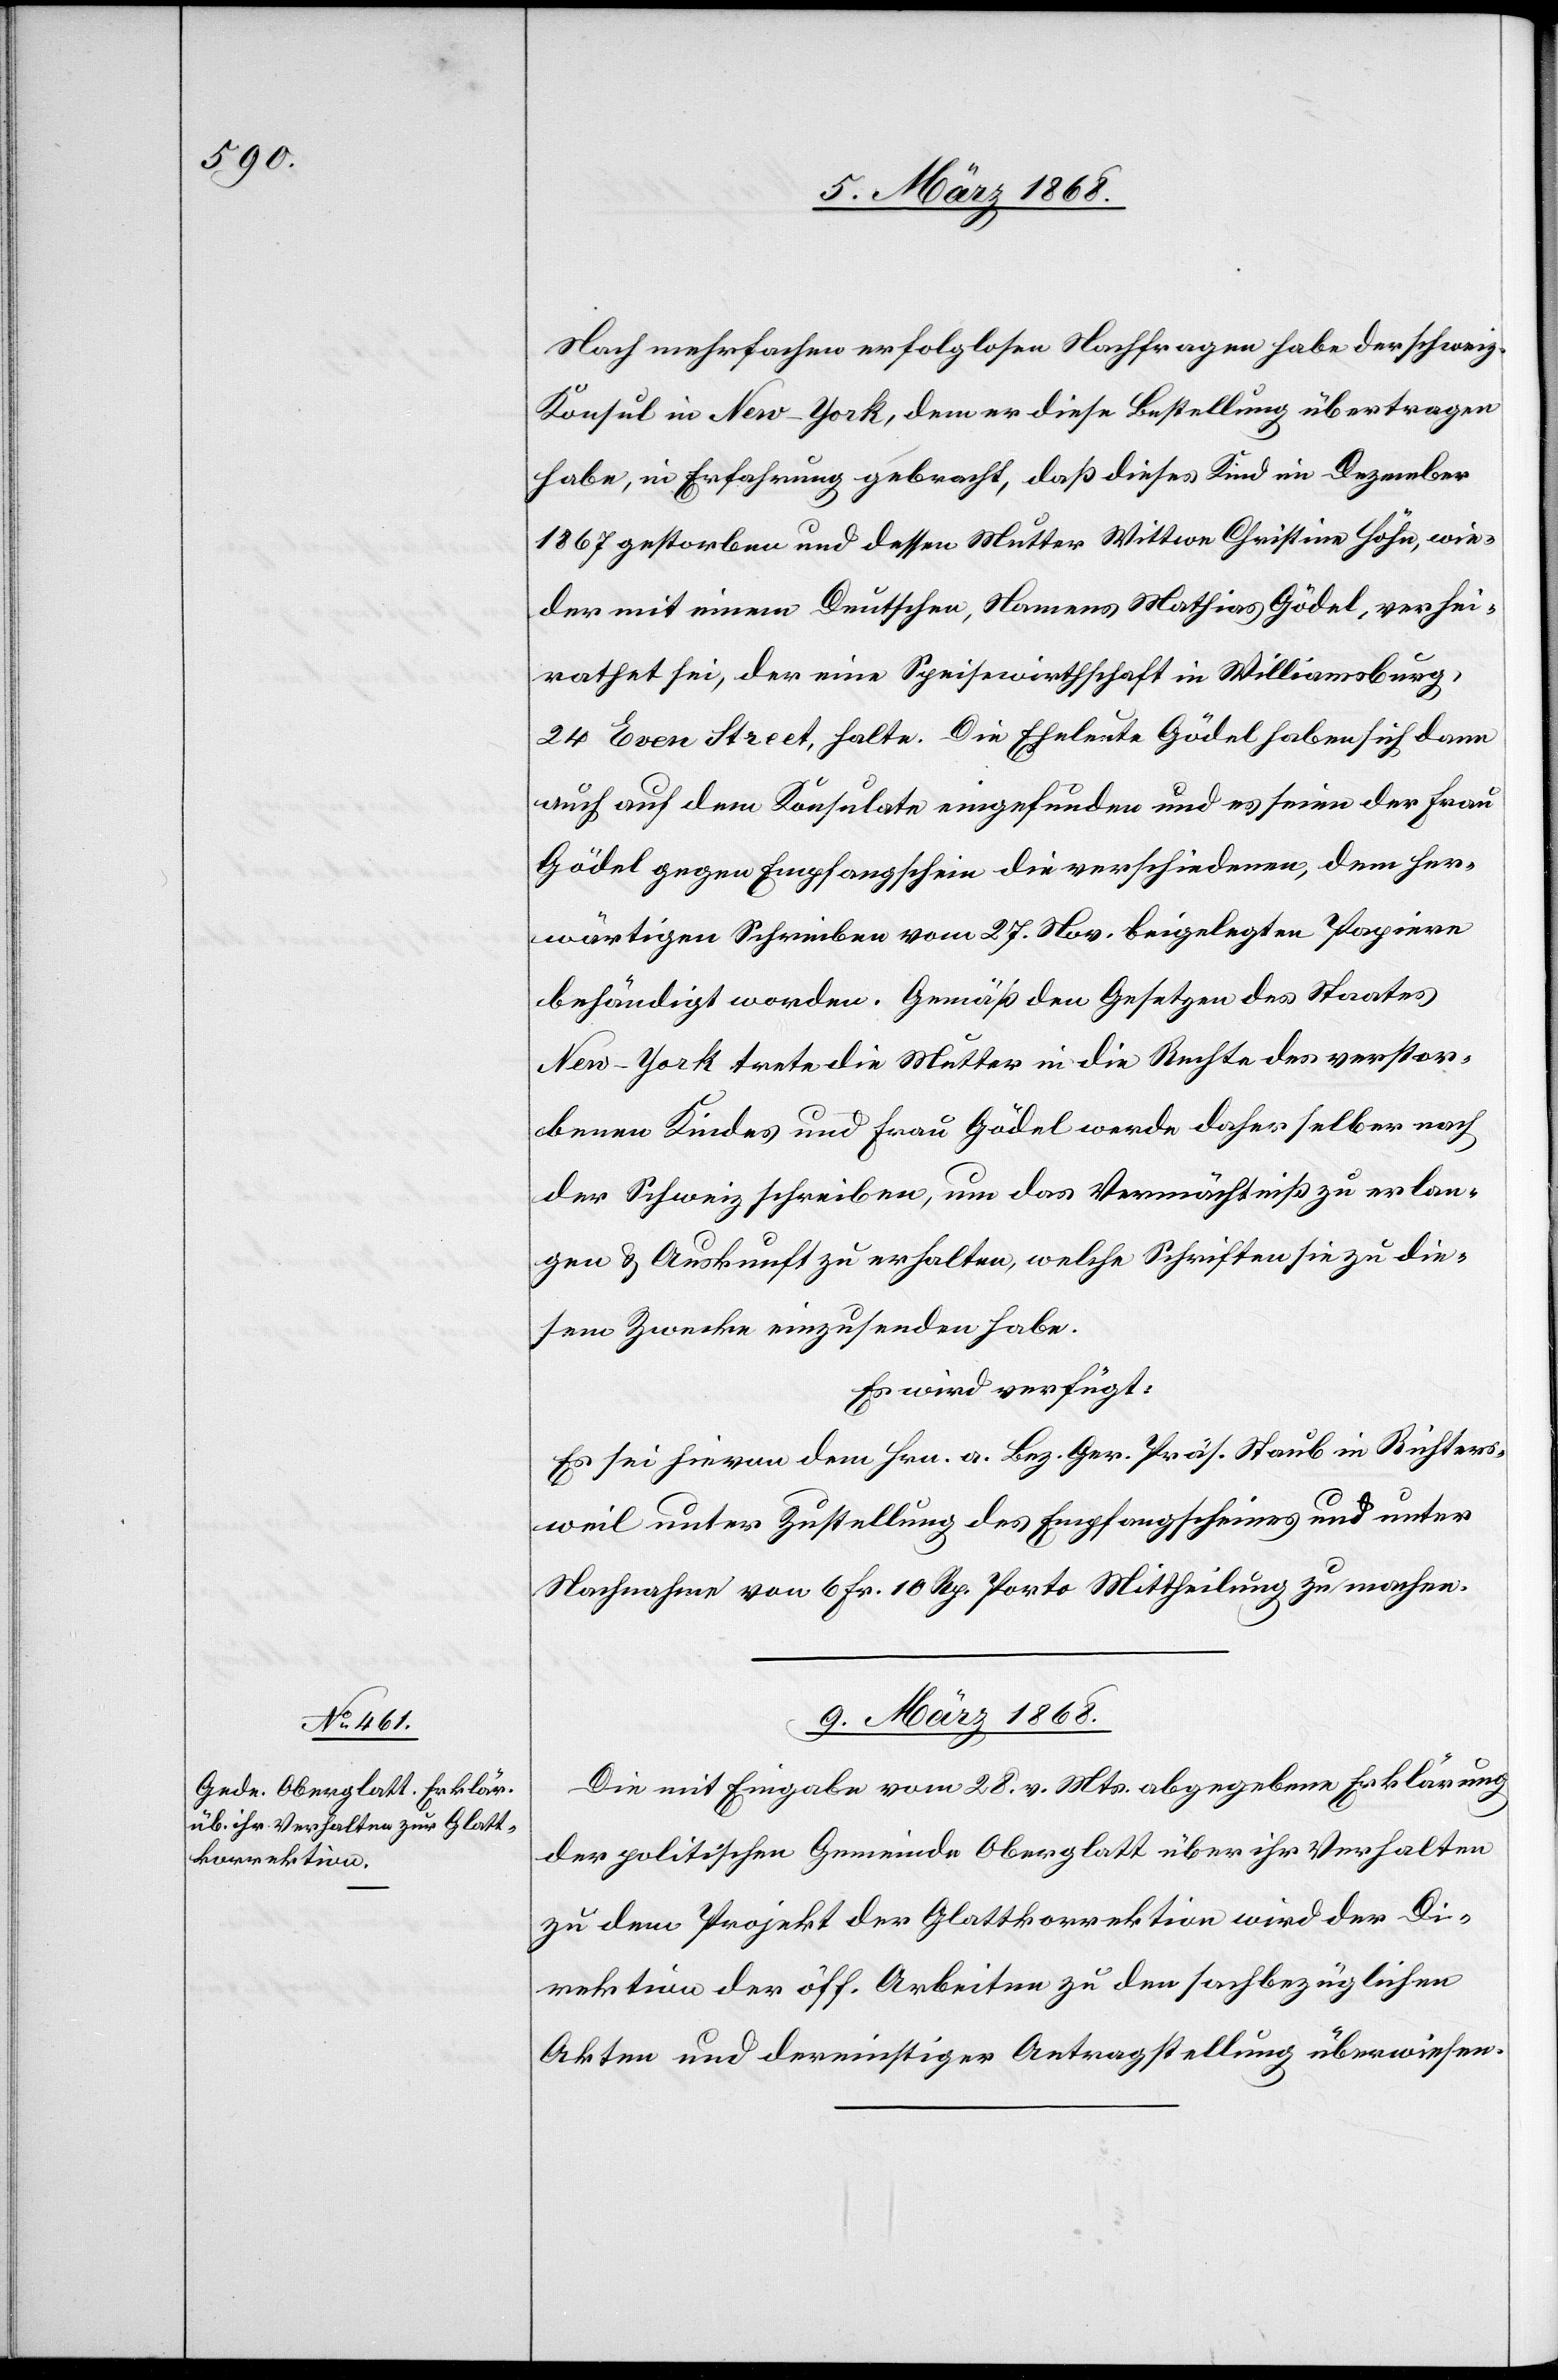
Nach mehrfachen erfolglosen Nachfragen habe der schweiz.
Konsul in New-York, dem er diese Bestellung übertragen
habe, in Erfahrung gebracht, daß dieses Kind im Dezember
1867 gestorben und dessen Mutter Wittwe Christine Höhn, wie¬
der mit einem Deutschen, Namens Mathias Gödel, verhei¬
rathet sei, der eine Speisewirthschaft in Williamsburg,
24 Even Street, halte. Die Eheleute Gödel haben sich dann
auch auf dem Konsulate eingefunden und es seien der Frau
Gödel gegen Empfangschein die verschiedenen, dem her¬
wärtigen Schreiben vom 27. Nov. beigelegten Papiere
behändigt worden. Gemäß den Gesetzen des Staates
New-York trete die Mutter in die Rechte des verstor¬
benen Kindes und Frau Gödel werde daher selber nach
der Schweiz schreiben, um das Vermächtniß zu erlan¬
gen & Auskunft zu erhalten, welche Schriften sie zu die¬
sem Zwecke einzusenden habe.
Es wird verfügt:
Es sei hievon dem Hrn. a. Bez. Ger. Präs. Staub in Richters¬
weil unter Zustellung des Empfangscheines und unter
Nachnahme von 6 Fr. 10 Rp. Porto Mittheilung zu machen.
9. März 1868.
Die mit Eingabe vom 28. v. Mts. abgegebene Erklärung
der politischen Gemeinde Oberglatt über ihr Verhalten
zu dem Projekt der Glattkorrektion wird der Di¬
rektion der öff. Arbeiten zu den sachbezüglichen
Akten und dereinstiger Antragstellung überwiesen.